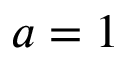
a = 1